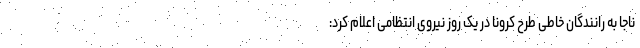
ناجا به رانندگان خاطی طرح کرونا در یک روز نیروی انتظامی اعلام کرد: